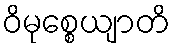
ဝိမုစ္စေယျာတိ